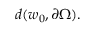
d ( w _ { 0 } , \partial \Omega ) .